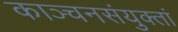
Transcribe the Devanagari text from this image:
काञ्चनसंयुक्तां